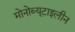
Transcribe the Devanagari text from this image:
मोनोब्यूटाइलीन